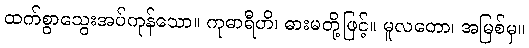
ထက်စွာသွေးအပ်ကုန်သော။ ကုဓာရီဟိ၊ ဓားမတို့ဖြင့်။ မူလတော၊ အမြစ်မှ။